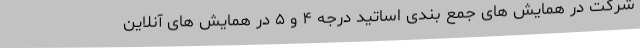
شرکت در همایش های جمع بندی اساتید درجه ۴ و ۵ در همایش های آنلاین